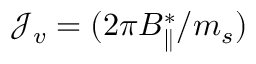
\mathcal { J } _ { v } = ( 2 \pi B _ { \parallel } ^ { * } / m _ { s } )